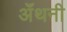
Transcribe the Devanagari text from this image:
ॲंथनी